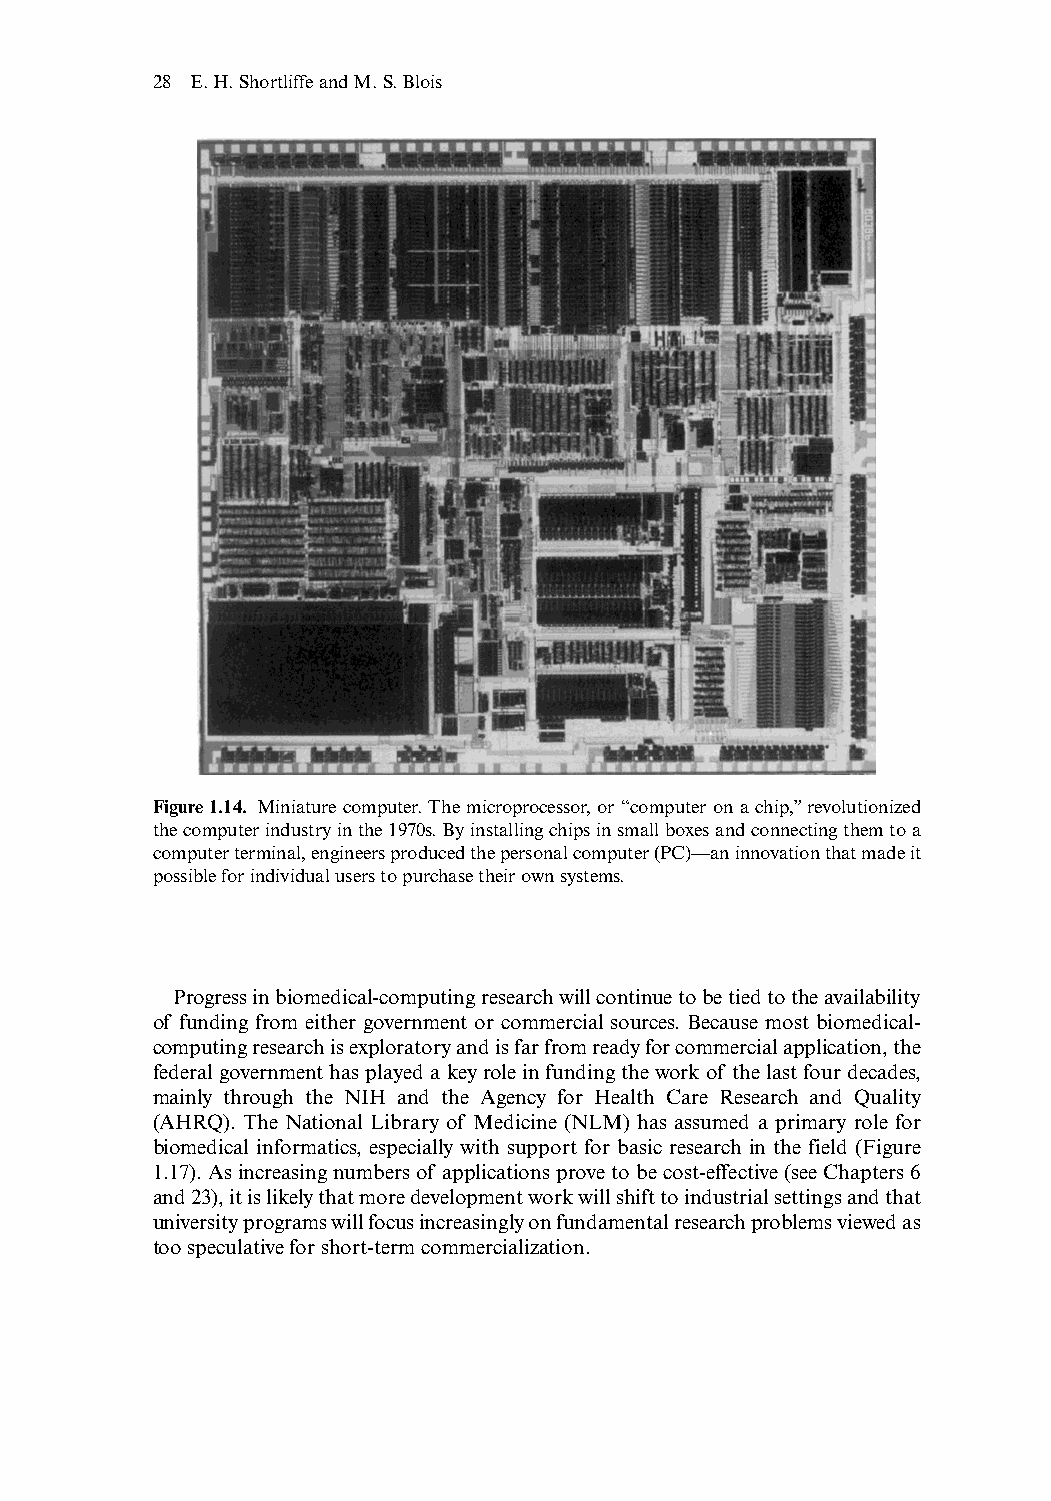
28 E.H.Shortliffe and M.S.Blois
 Figure 1.14. Miniature computer.The microprocessor,or “computer on a chip,”revolutionized
 the computer industry in the 1970s.By installing chips in small boxes and connecting them to a
 computer terminal,engineers produced the personal computer (PC)—an innovation that made it
 possible for individual users to purchase their own systems.
 Progress in biomedical-computing research will continue to be tied to the availability
 of funding from either government or commercial sources. Because most biomedical-
 computing research is exploratory and is far from ready for commercial application,the
 federal government has played a key role in funding the work of the last four decades,
 mainly through the NIH and the Agency for Health Care Research and Quality
 (AHRQ). The National Library of Medicine (NLM) has assumed a primary role for
 biomedical informatics, especially with support for basic research in the field (Figure
 1.17). As increasing numbers of applications prove to be cost-effective (see Chapters 6
 and 23),it is likely that more development work will shift to industrial settings and that
 university programs will focus increasingly on fundamental research problems viewed as
 too speculative for short-term commercialization.